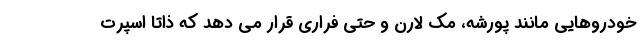
خودروهایی مانند پورشه، مک لارن و حتی فراری قرار می دهد که ذاتا اسپرت